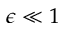
\epsilon \ll 1